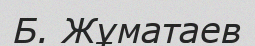
Б. Жұматаев